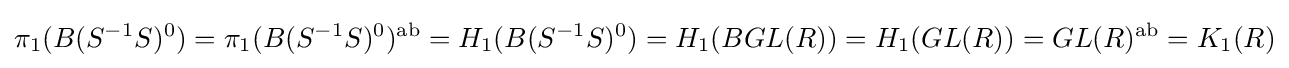
\pi _{1}(B(S^{-1}S)^{0})=\pi _{1}(B(S^{-1}S)^{0})^{\text{ab}}=H_{1}(B(S^{-1}S)^{0})=H_{1}(BGL(R))=H_{1}(GL(R))=GL(R)^{\text{ab}}=K_{1}(R)